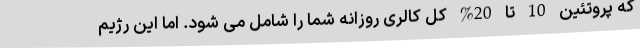
که پروتئین 10 تا 20% کل کالری روزانه شما را شامل می شود. اما این رژیم